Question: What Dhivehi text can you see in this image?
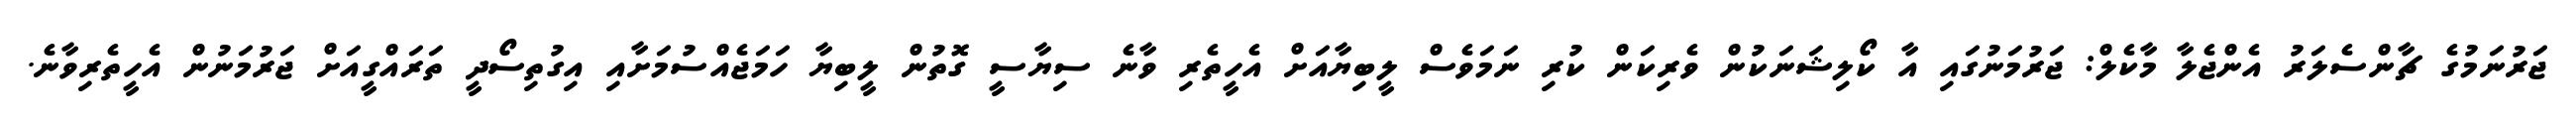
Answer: ޖަރުނަމުގެ ޗާންސެލަރު އެންޖެލާ މާކެލް: ޖަރުމަނުގައި އާ ކޯލިޝަނަކުން ވެރިކަން ކުރި ނަމަވެސް ލީބިޔާއަށް އެހީތެރި ވާނެ ސިޔާސީ ގޮތުން ލީބިޔާ ހަމަޖެއްސުމަށާއި އިގުތިސޯދީ ތަރައްގީއަށް ޖަރުމަނުން އެހީތެރިވާނެ.